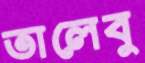
তালেবু